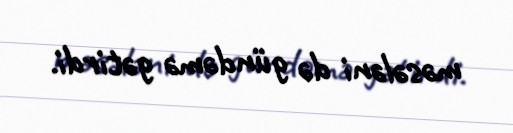
məsələni də gündəmə gətirdi.